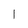
Character: l